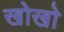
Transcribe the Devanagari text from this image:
खोखाे